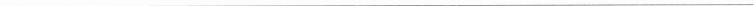
___